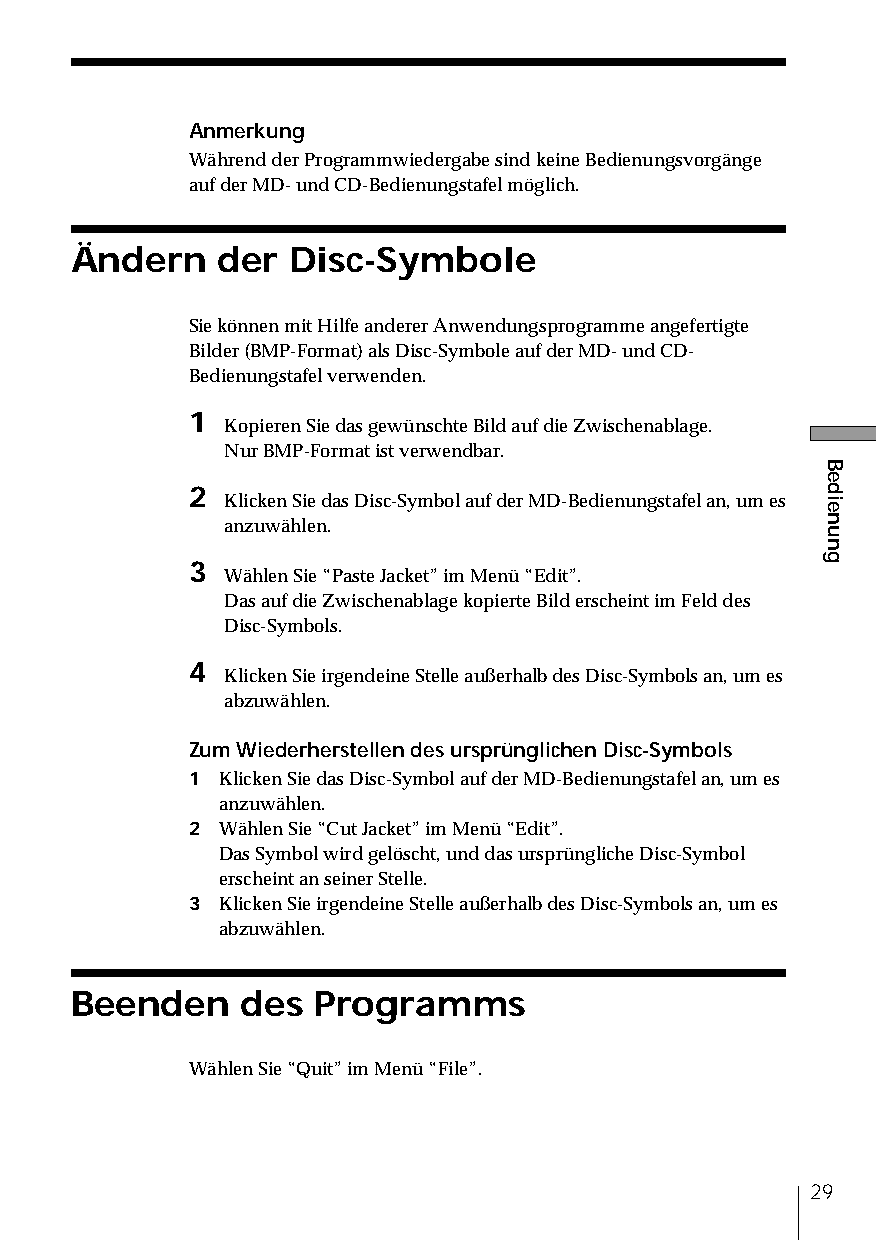
Anmerkung
 Während der Programmwiedergabe sind keine Bedienungsvorgänge
 auf der MD- und CD-Bedienungstafel möglich.
 Ändern   der  Disc-Symbole
 Sie können mit Hilfe anderer Anwendungsprogramme angefertigte
 Bilder (BMP-Format) als Disc-Symbole auf der MD- und CD-
 Bedienungstafel verwenden.
 1
 Kopieren Sie das gewünschte Bild auf die Zwischenablage.
 Nur BMP-Format ist verwendbar.
 2
 Klicken Sie das Disc-Symbol auf der MD-Bedienungstafel an, um es
 anzuwählen.
 3
 Wählen Sie “Paste Jacket” im Menü “Edit”.
 Das auf die Zwischenablage kopierte Bild erscheint im Feld des
 Disc-Symbols.
 4
 Klicken Sie irgendeine Stelle außerhalb des Disc-Symbols an, um es
 abzuwählen.
 Zum Wiederherstellen des ursprünglichen Disc-Symbols
 1 Klicken Sie das Disc-Symbol auf der MD-Bedienungstafel an, um es
 anzuwählen.
 2 Wählen Sie “Cut Jacket” im Menü “Edit”.
 Das Symbol wird gelöscht, und das ursprüngliche Disc-Symbol
 erscheint an seiner Stelle.
 3 Klicken Sie irgendeine Stelle außerhalb des Disc-Symbols an, um es
 abzuwählen.
 Beenden    des  Programms
 Wählen Sie “Quit” im Menü “File”.
 29
 Bedienung